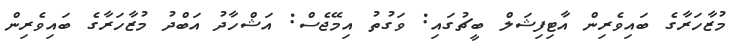
މުޒާހަރާގެ ބައިވެރިން އާޓިފިޝަލް ބީޗުގައި: ވަގުތު އިމޭޖެސް: އަޝްހާދު އަބްދު މުޒާހަރާގެ ބައިވެރިން